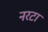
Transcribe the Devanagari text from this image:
नरटा